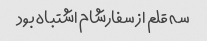
سه قلم از سفارشام اشتباه بود